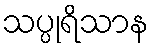
သပ္ပုရိသာန